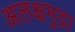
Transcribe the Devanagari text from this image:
अलक्षमुद्रा